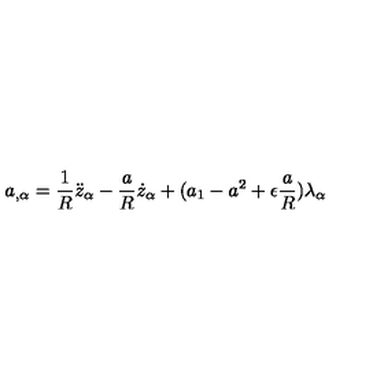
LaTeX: a _ { , \alpha } = \frac { 1 } { R } \ddot { z } _ { \alpha } - \frac { a } { R } \dot { z } _ { \alpha } + ( a _ { 1 } - a ^ { 2 } + \epsilon \frac { a } { R } ) \lambda _ { \alpha }